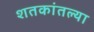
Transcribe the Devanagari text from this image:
शतकांतल्या